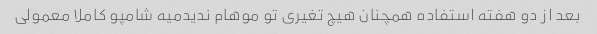
بعد از دو هفته استفاده همچنان هیچ تغیری تو موهام ندیدمیه شامپو کاملا معمولی